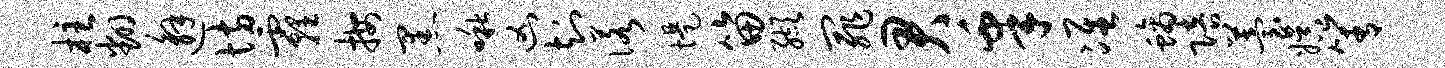
柱翻邂坊霾按黑啾凶知诺堤笛缬罪君皋准螭陪苔娱箐